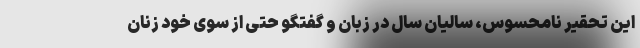
این تحقیر نامحسوس، سالیان سال در زبان و گفتگو حتی از سوی خود زنان